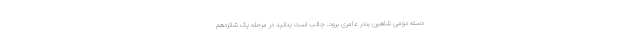
دسته دومی شاهین بندر عامری برود. جالب است بدانید در مرحله یک شانزدهم